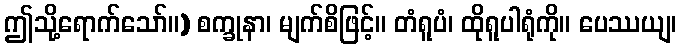
ဤသို့ရောက်သော်။) စက္ခုနာ၊ မျက်စိဖြင့်။ တံရူပံ၊ ထိုရူပါရုံကို။ ပေဿယျ၊